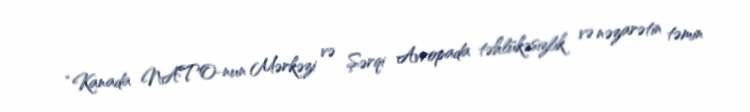
“Kanada NATO-nun Mərkəzi və Şərqi Avropada təhlükəsizlik və nəzarətin təmin